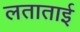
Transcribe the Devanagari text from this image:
लताताई